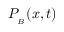
P _ { _ B } ( x , t )